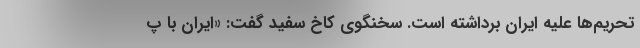
تحریم‌ها علیه ایران برداشته است. سخنگوی کاخ سفید گفت: «ایران با پ